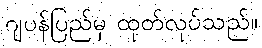
ဂျပန်ပြည်မှ ထုတ်လုပ်သည်။